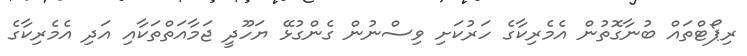
ރިޕޯޓްތައް ބުނާގޮތުން އެމެރިކާގެ ހަރުކަށި ވިސްނުން ގެންގުޅޭ ޔަހޫދީ ޖަމާއަތްތަކާއި އަދި އެމެރިކާގެ